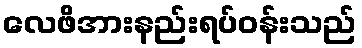
လေဖိအားနည်းရပ်ဝန်းသည်